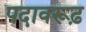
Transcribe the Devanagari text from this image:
पदावरूढ़